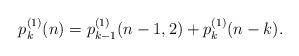
LaTeX: \begin{align*}p^{(1)}_k(n)=p^{(1)}_{k-1}(n-1,2)+p^{(1)}_k(n-k).\end{align*}